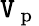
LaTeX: \mathtt{V}_{\mathrm{{~p~}}}